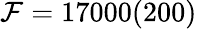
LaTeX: \mathcal{F}=17000(200)